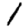
Digit: 1